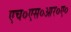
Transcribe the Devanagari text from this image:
एच०एस०आर०ए०